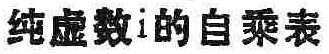
纯虚数\(i\)的自乘表